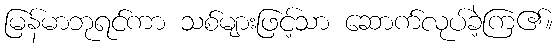
မြန်မာဘုရင်ကာ သစ်များဖြင့်သာ ဆောက်လုပ်ခဲ့ကြ၏။